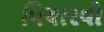
વિચારવો